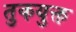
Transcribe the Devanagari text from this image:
तुकयुक्त